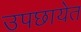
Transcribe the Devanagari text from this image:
उपछायेत